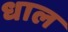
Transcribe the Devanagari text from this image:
धाल